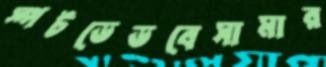
স্পটডেডবেসামার